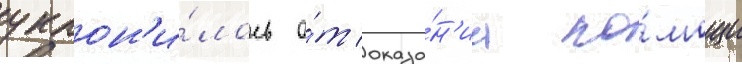
уклон'и́лось о́т оказа́н'иа по́мощи